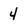
Character: 4